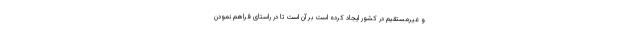
و غیرمستقیم در کشور ایجاد کرده است بر آن است تا در راستای فراهم نمودن